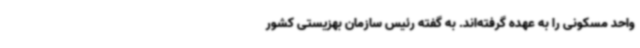
واحد مسکونی را به عهده گرفته‌اند. به گفته رئیس سازمان بهزیستی کشور